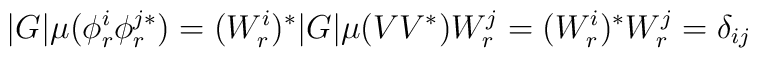
|G|\mu(\phi_r^i\phi_r^{j*}) = (W_r^i)^* |G|\mu(VV^*) W_r^j =(W_r^i)^* W_r^j = \delta_{ij}